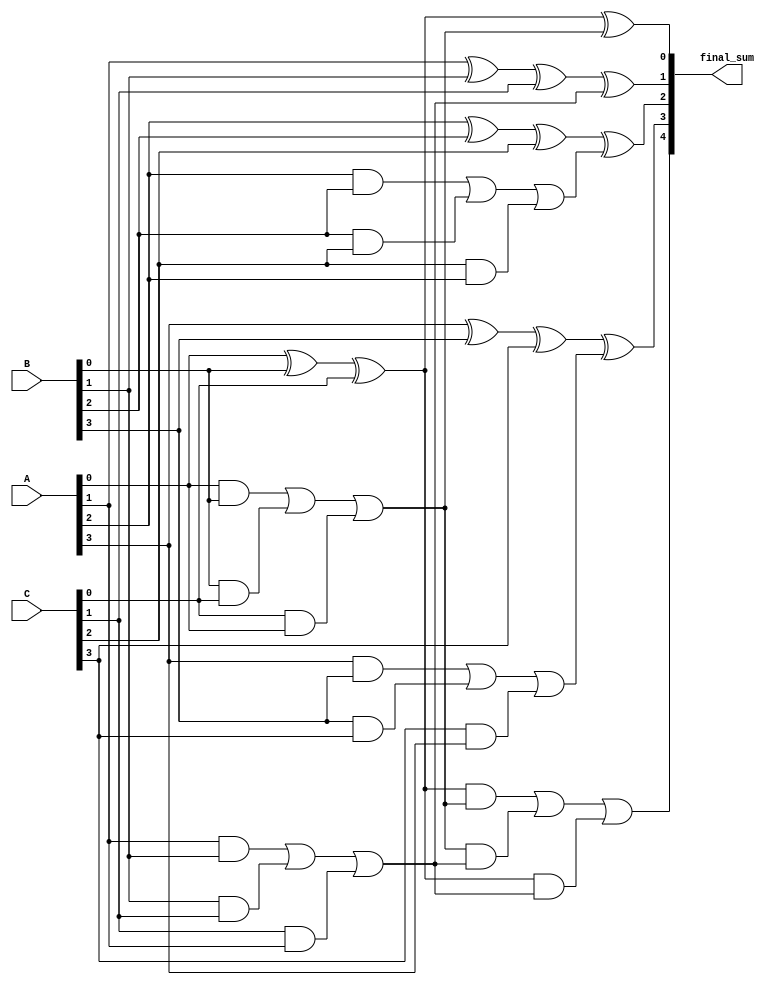
module CarrySaveAdder(
    input [3:0] A, // 4-bit input A
    input [3:0] B, // 4-bit input B
    input [3:0] C, // 4-bit input C
    output [4:0] final_sum // 5-bit output for final sum (4 bits + carry out)
);

    // Partial sums and carries
    wire [3:0] partial_sum;
    wire [3:0] carry;

    // Calculate partial sums using XOR
    assign partial_sum[0] = A[0] ^ B[0] ^ C[0];
    assign partial_sum[1] = A[1] ^ B[1] ^ C[1];
    assign partial_sum[2] = A[2] ^ B[2] ^ C[2];
    assign partial_sum[3] = A[3] ^ B[3] ^ C[3];

    // Calculate carry using AND & OR
    assign carry[0] = (A[0] & B[0]) | (B[0] & C[0]) | (C[0] & A[0]);
    assign carry[1] = (A[1] & B[1]) | (B[1] & C[1]) | (C[1] & A[1]);
    assign carry[2] = (A[2] & B[2]) | (B[2] & C[2]) | (C[2] & A[2]);
    assign carry[3] = (A[3] & B[3]) | (B[3] & C[3]) | (C[3] & A[3]);

    // Final Adder using Ripple Carry Adder for the partial sum and carry
    wire [4:0] sum_with_carry;
    
    assign sum_with_carry[0] = partial_sum[0] ^ carry[0];
    assign sum_with_carry[1] = partial_sum[1] ^ carry[1];
    assign sum_with_carry[2] = partial_sum[2] ^ carry[2];
    assign sum_with_carry[3] = partial_sum[3] ^ carry[3];
    
    // Handle the carry propagation
    wire carry_out;

    // Calculate carry_out for the final sum
    assign carry_out = (partial_sum[0] & carry[0]) | (carry[0] & carry[1]) | (partial_sum[0] & carry[1]);

    // Final output as the sum
    assign final_sum = {carry_out, sum_with_carry[3:0]};

endmodule